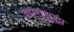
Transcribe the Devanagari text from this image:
वास्तूसुद्धा